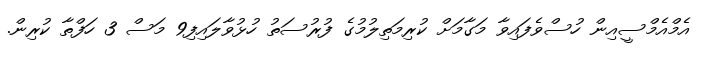
އެމްއެމްސީއިން ހުސްވެފައިވާ މަގާމަށް ކުރިމަތިލުމުގެ ފުރުސަތު ހުޅުވާލައިފި9 މަސް 3 ހަފްތާ ކުރިން.